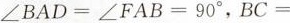
∠BAD=∠FAB=90°，BC=